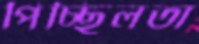
পিচ্ছিলতা